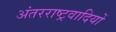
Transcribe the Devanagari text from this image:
अंतरराष्ट्रवादियों